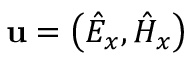
\mathbf { u } = \left( \hat { E } _ { x } , \hat { H } _ { x } \right)